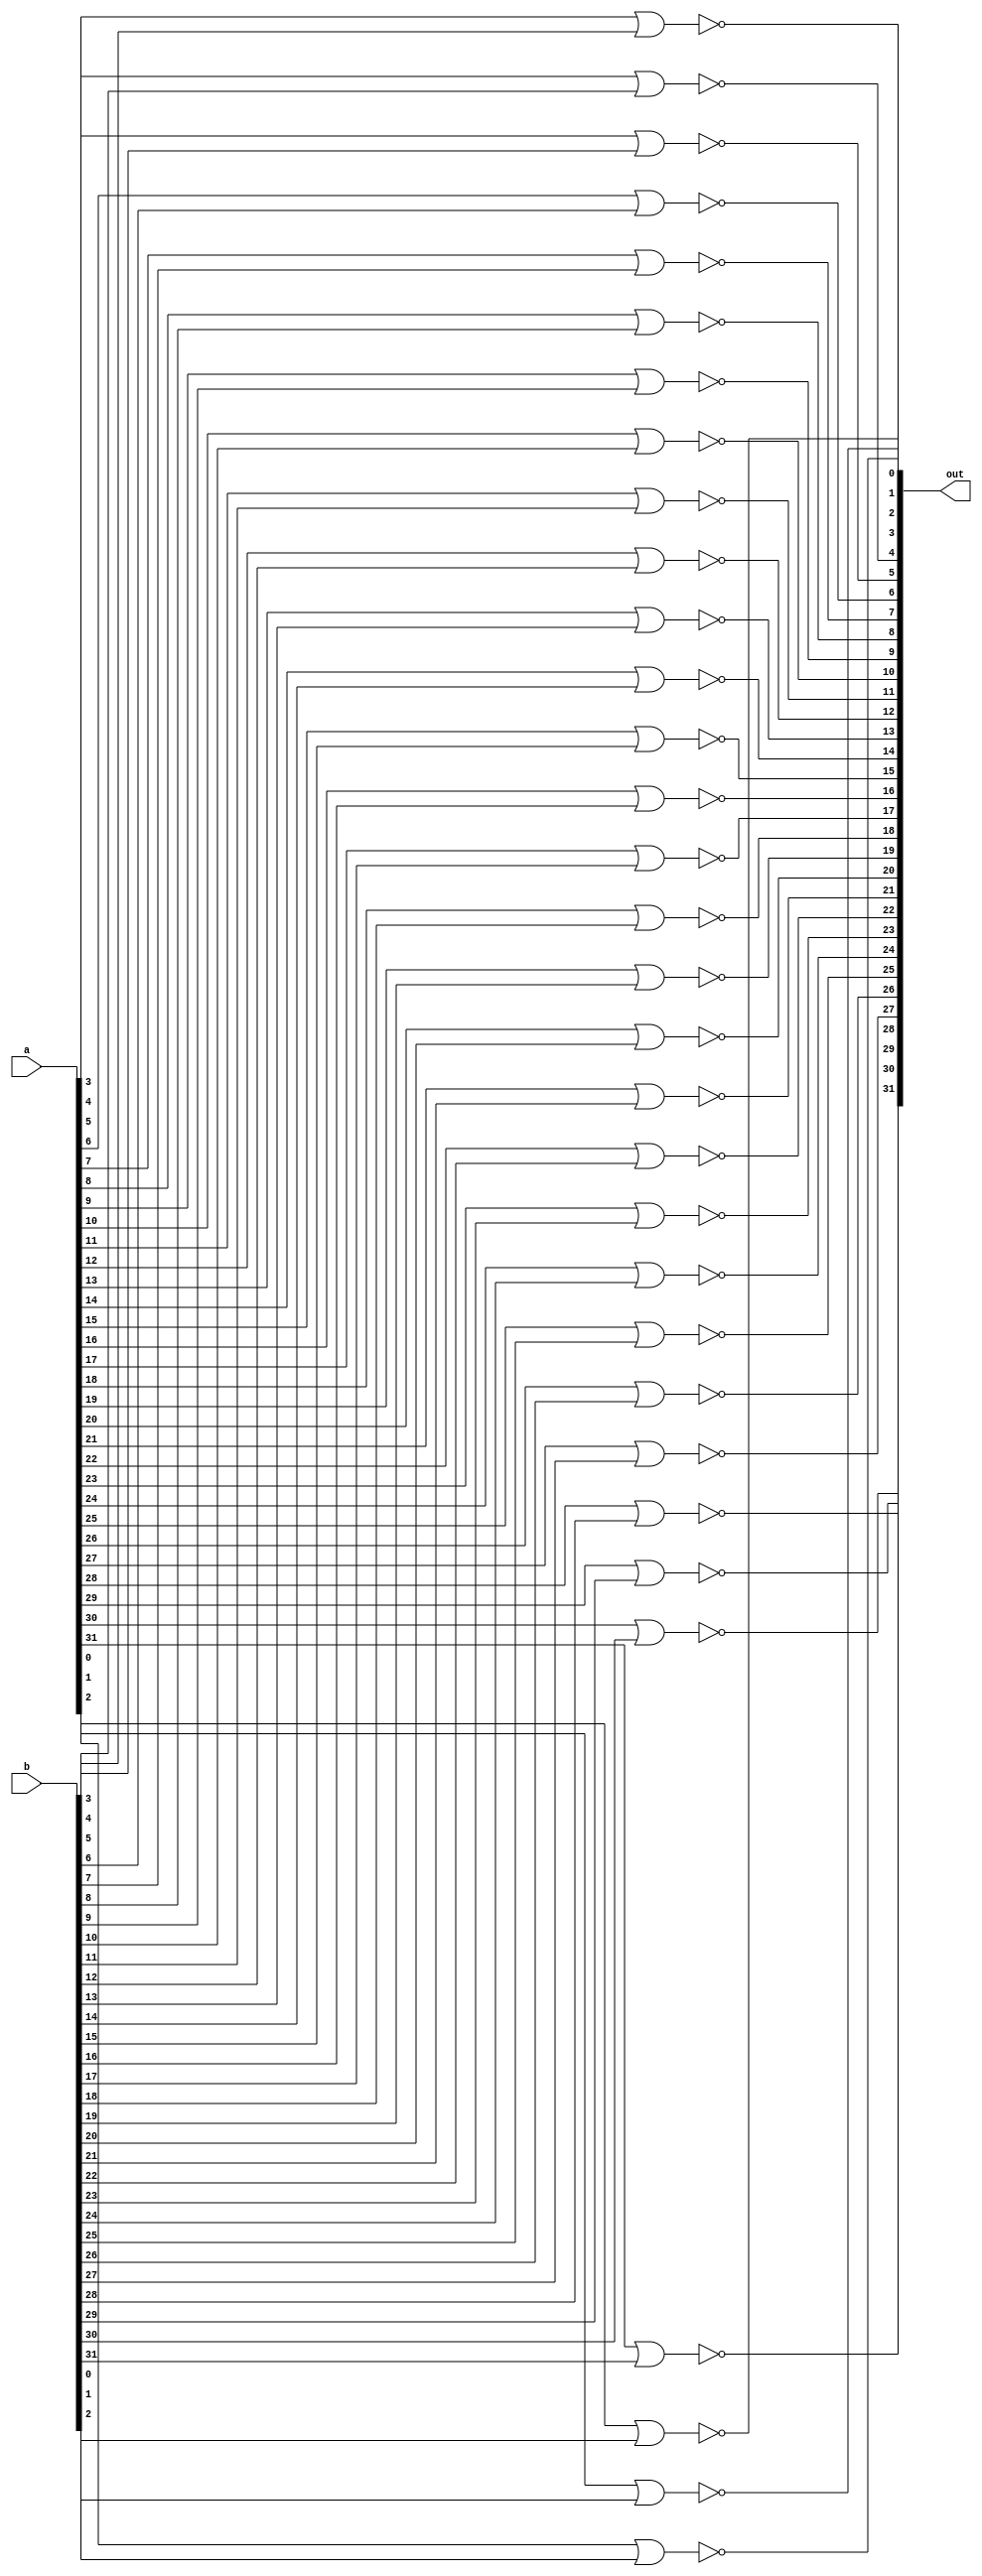
module _32_bit_nor(out,a,b);

input [31:0]a;
input [31:0]b;
output [31:0]out;

nor o1(out[0],a[0],b[0]);
nor o2(out[1],a[1],b[1]);
nor o3(out[2],a[2],b[2]);
nor o4(out[3],a[3],b[3]);
nor o5(out[4],a[4],b[4]);
nor o6(out[5],a[5],b[5]);
nor o7(out[6],a[6],b[6]);
nor o8(out[7],a[7],b[7]);
nor o9(out[8],a[8],b[8]);
nor o10(out[9],a[9],b[9]);
nor o11(out[10],a[10],b[10]);
nor o12(out[11],a[11],b[11]);
nor o13(out[12],a[12],b[12]);
nor o14(out[13],a[13],b[13]);
nor o15(out[14],a[14],b[14]);
nor o16(out[15],a[15],b[15]);
nor o17(out[16],a[16],b[16]);
nor o18(out[17],a[17],b[17]);
nor o19(out[18],a[18],b[18]);
nor o20(out[19],a[19],b[19]);
nor o21(out[20],a[20],b[20]);
nor o22(out[21],a[21],b[21]);
nor o23(out[22],a[22],b[22]);
nor o24(out[23],a[23],b[23]);
nor o25(out[24],a[24],b[24]);
nor o26(out[25],a[25],b[25]);
nor o27(out[26],a[26],b[26]);
nor o28(out[27],a[27],b[27]);
nor o29(out[28],a[28],b[28]);
nor o30(out[29],a[29],b[29]);
nor o31(out[30],a[30],b[30]);
nor o32(out[31],a[31],b[31]);

endmodule